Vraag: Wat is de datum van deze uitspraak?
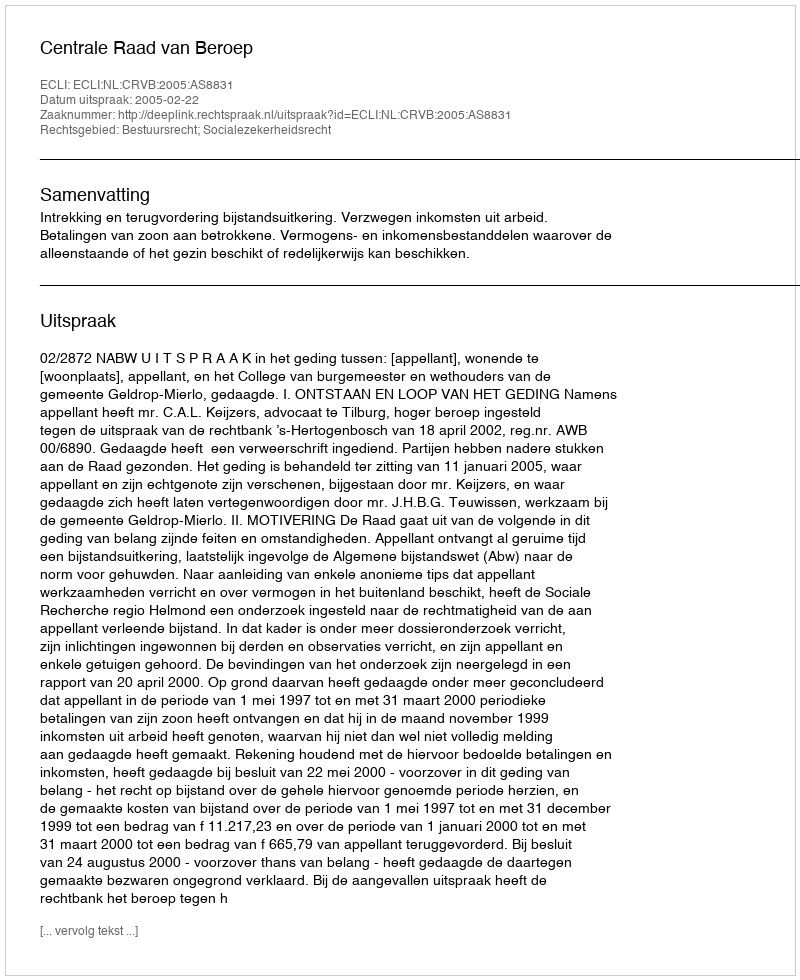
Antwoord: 2005-02-22